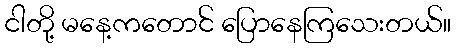
ငါတို့ မနေ့ကတောင် ပြောနေကြသေးတယ်။